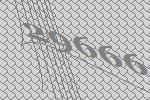
29666